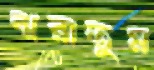
ঝরাতুম